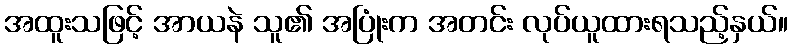
အထူးသဖြင့် အာယနဲ သူ၏ အပြုံးက အတင်း လုပ်ယူထားရသည့်နှယ်။